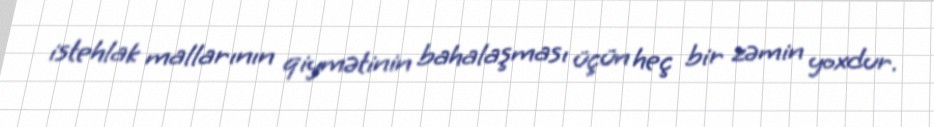
istehlak mallarının qiymətinin bahalaşması üçün heç bir zəmin yoxdur.